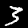
Digit: 3